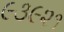
૯૩૯૨૧